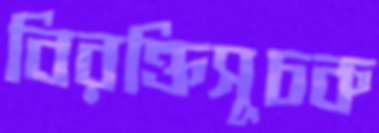
বিরক্তিসূচক